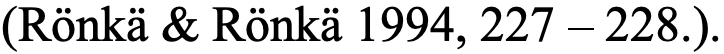
(Rönkä & Rönkä 1994, 227 – 228.).